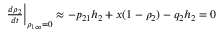
\begin{array} { r } { \frac { d \rho _ { 2 } } { d t } \bigg | _ { \rho _ { 1 \infty } = 0 } \approx - p _ { 2 1 } h _ { 2 } + x ( 1 - \rho _ { 2 } ) - q _ { 2 } h _ { 2 } = 0 } \end{array}